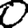
Digit: 0